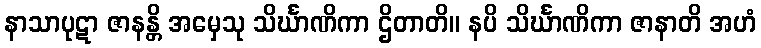
နာသာပုဋာ ဇာနန္တိ အမှေသု သိင်္ဃာဏိကာ ဌိတာတိ။ နပိ သိင်္ဃာဏိကာ ဇာနာတိ အဟံ